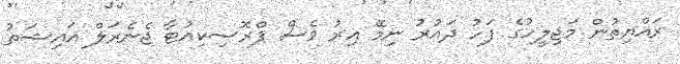
ރައްޔިތުން މަޖިލީހުގެ ފަހު ދައުރު ނިމޭ އިރު ވެސް ޕްރޮސިކިއުޓާ ޖެނެރަލް އައިޝަތު